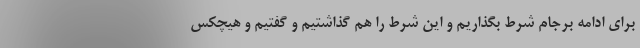
برای ادامه برجام شرط بگذاریم و این شرط را هم گذاشتیم و گفتیم و هیچکس